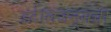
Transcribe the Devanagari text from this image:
इंटेलिजन्सची